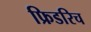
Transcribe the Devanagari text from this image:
फ्रिडरिच